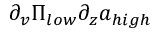
\partial _ { v } \Pi _ { l o w } \partial _ { z } a _ { h i g h }